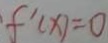
f ^ { \prime } ( x ) = 0